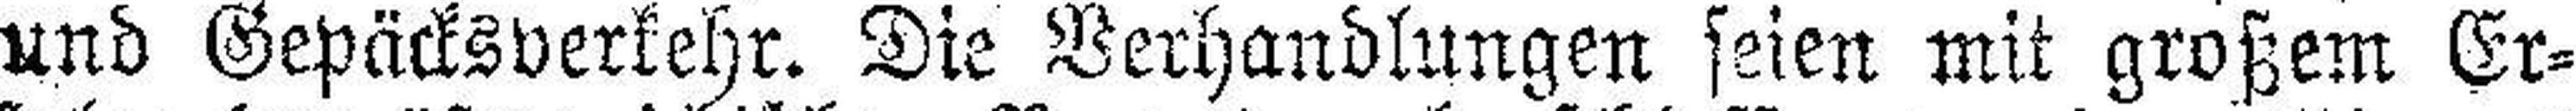
und Gepäcksverkehr. Die Verhandlungen seien mit großem Er¬